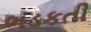
ભડકતી